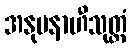
အနုပနာဟီသုတ္တံ